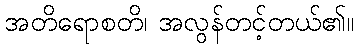
အတိရောစတိ၊ အလွန်တင့်တယ်၏။